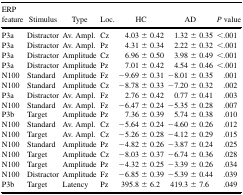
<table><thead><tr><td><b>ERP feature</b></td><td><b>Stimulus</b></td><td><b>Type</b></td><td><b>Loc.</b></td><td><b>HC</b></td><td><b>AD</b></td><td><b><i>P</i> value</b></td></tr></thead><tbody><tr><td>P3a</td><td>Distractor</td><td>Av. Ampl.</td><td>Cz</td><td>4.03 ± 0.42</td><td>1.32 ± 0.35</td><td>&lt;.001</td></tr><tr><td>P3a</td><td>Distractor</td><td>Av. Ampl.</td><td>Pz</td><td>4.31 ± 0.34</td><td>2.22 ± 0.32</td><td>&lt;.001</td></tr><tr><td>P3a</td><td>Distractor</td><td>Amplitude</td><td>Cz</td><td>6.96 ± 0.50</td><td>3.98 ± 0.49</td><td>&lt;.001</td></tr><tr><td>P3a</td><td>Distractor</td><td>Amplitude</td><td>Pz</td><td>7.01 ± 0.42</td><td>4.54 ± 0.46</td><td>&lt;.001</td></tr><tr><td>N100</td><td>Standard</td><td>Amplitude</td><td>Fz</td><td>−9.69 ± 0.31</td><td>−8.01 ± 0.35</td><td>.001</td></tr><tr><td>N100</td><td>Standard</td><td>Amplitude</td><td>Cz</td><td>−8.78 ± 0.33</td><td>−7.20 ± 0.32</td><td>.002</td></tr><tr><td>P3a</td><td>Distractor</td><td>Av. Ampl.</td><td>Fz</td><td>2.76 ± 0.42</td><td>0.77 ± 0.41</td><td>.003</td></tr><tr><td>N100</td><td>Standard</td><td>Av. Ampl.</td><td>Fz</td><td>−6.47 ± 0.24</td><td>−5.35 ± 0.28</td><td>.007</td></tr><tr><td>P3b</td><td>Target</td><td>Amplitude</td><td>Pz</td><td>7.36 ± 0.39</td><td>5.74 ± 0.38</td><td>.010</td></tr><tr><td>N100</td><td>Standard</td><td>Av. Ampl.</td><td>Cz</td><td>−5.64 ± 0.24</td><td>−4.60 ± 0.26</td><td>.012</td></tr><tr><td>N100</td><td>Target</td><td>Av. Ampl.</td><td>Cz</td><td>−5.26 ± 0.28</td><td>−4.12 ± 0.29</td><td>.015</td></tr><tr><td>N100</td><td>Standard</td><td>Amplitude</td><td>Pz</td><td>−4.82 ± 0.26</td><td>−3.87 ± 0.24</td><td>.025</td></tr><tr><td>N100</td><td>Target</td><td>Amplitude</td><td>Cz</td><td>−8.03 ± 0.37</td><td>−6.74 ± 0.36</td><td>.028</td></tr><tr><td>N100</td><td>Target</td><td>Amplitude</td><td>Pz</td><td>−4.32 ± 0.25</td><td>−3.39 ± 0.26</td><td>.034</td></tr><tr><td>N100</td><td>Distractor</td><td>Amplitude</td><td>Fz</td><td>−6.85 ± 0.39</td><td>−5.39 ± 0.44</td><td>.039</td></tr><tr><td>P3b</td><td>Target</td><td>Latency</td><td>Pz</td><td>395.8 ± 6.2</td><td>419.3 ± 7.6</td><td>.049</td></tr></tbody></table>